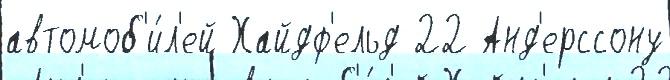
автомоб'и́л'ей Хайдф'ельд 22 Анд'ерссону